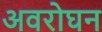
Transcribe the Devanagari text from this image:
अवरोघन